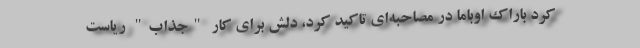
کرد باراک اوباما در مصاحبه‌ای تاکید کرد، دلش برای کار "جذاب" ریاست